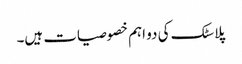
پلاسٹک کی دو اہم خصوصیات ہیں۔